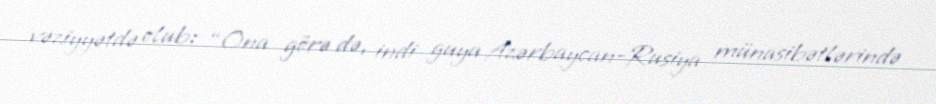
vəziyyətdə olub: “Ona görə də, indi guya Azərbaycan-Rusiya münasibətlərində